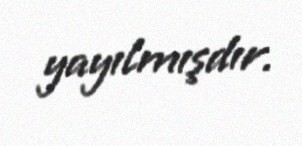
yayılmışdır.